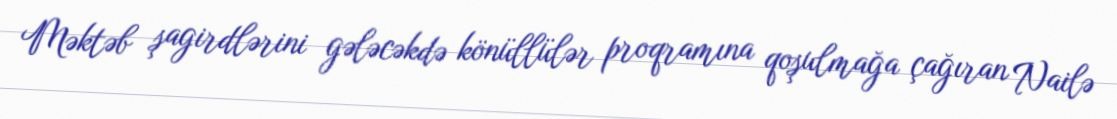
Məktəb şagirdlərini gələcəkdə könüllülər proqramına qoşulmağa çağıran Nailə